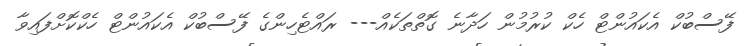
ފޭސްބުކް އެކައުންޓް ހެކް ކުރުމުން ހަދާނެ ގޮތްތަކެއް--- ރައްޓެހިންގެ ފޭސްބުކް އެކައުންޓް ހެކްކޮށްފައިވާ